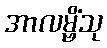
အာလမ္ဗိံသု